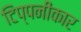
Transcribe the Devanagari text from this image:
टिप्पनीकार